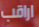
اراقب